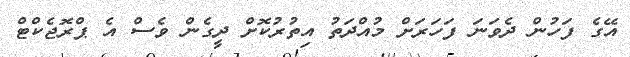
އޭގެ ފަހުން ދެވަނަ ފަހަރަށް މުއްދަތު އިތުރުކޮށް ދީގެން ވެސް އެ ޕްރޮޖެކްޓް